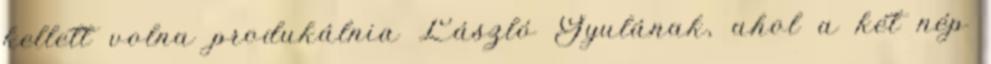
kellett volna produkálnia László Gyulának, ahol a két nép